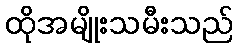
ထိုအမျိုးသမီးသည်